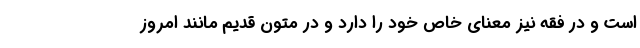
است و در فقه نیز معنای خاص خود را دارد و در متون قدیم مانند امروز